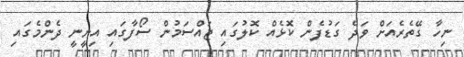
ނިހާ ގޭތެރެއަށް ވަދެ ގަޑުފެން ކޮޅެއް ކޮލުގައި ޖައްސަމުން ސޯފާގައި އިށީނީ ދެންމެގައި